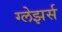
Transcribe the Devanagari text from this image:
ग्लेझर्स